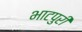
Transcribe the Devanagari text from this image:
भाटपुरी